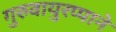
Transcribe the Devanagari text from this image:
गुरुवायुरप्पाने